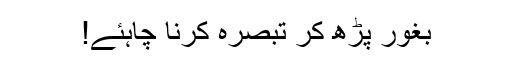
بغور پڑھ کر تبصرہ کرنا چاہئے!